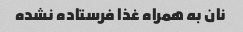
نان به همراه غذا فرستاده نشده